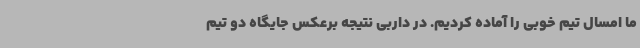
ما امسال تیم خوبی را آماده کردیم. در داربی نتیجه برعکس جایگاه دو تیم